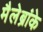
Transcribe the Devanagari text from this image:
मैलेब्रांके